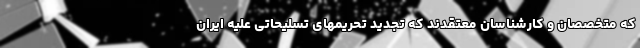
که متخصصان و کارشناسان معتقدند که تجدید تحریمهای تسلیحاتی علیه ایران